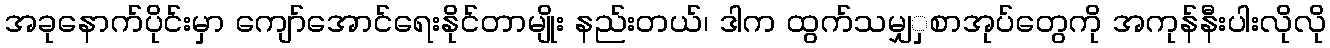
အခုနောက်ပိုင်းမှာ ကျော်အောင်ရေးနိုင်တာမျိုး နည်းတယ်၊ ဒါက ထွက်သမျှှစာအုပ်တွေကို အကုန်နီးပါးလိုလို